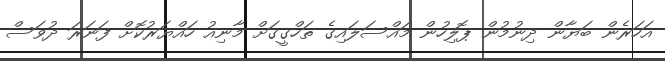
އަހަރެން ބަޔާން ދިނުމުން ޕޮލިހުން މައްސަލައިގެ ތަހްގީގަށް މާނިއު ހައްޔަރުކޮށް ފަނަރަ ދުވަސް